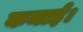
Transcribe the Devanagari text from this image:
कमाई।